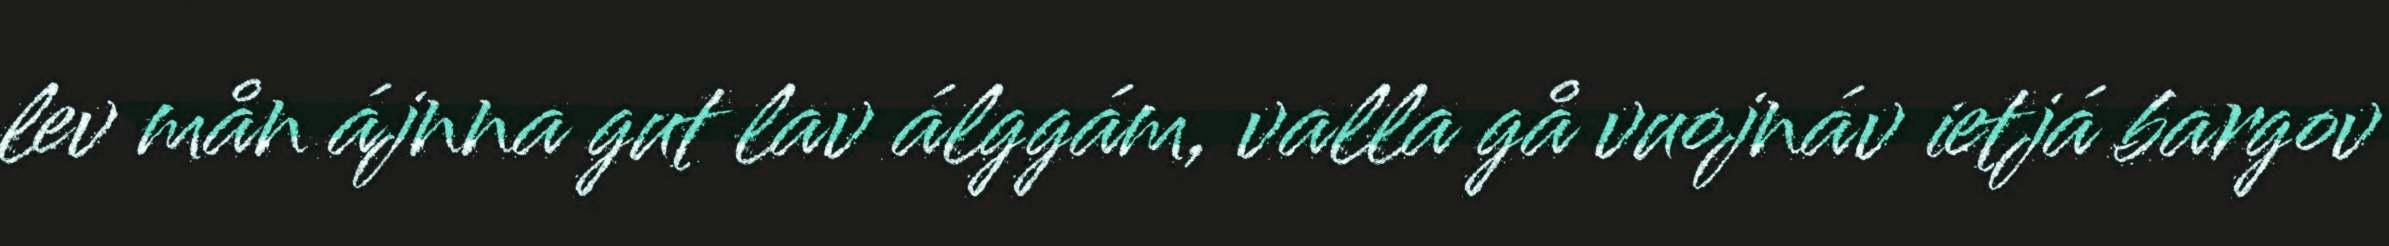
lev mån ájnna gut lav álggám, valla gå vuojnáv ietjá bargov